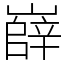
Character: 嶭